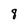
Character: 8